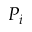
P _ { i }